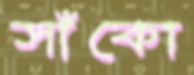
সাঁকো